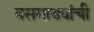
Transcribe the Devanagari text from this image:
बसगाड्यांची